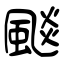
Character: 颷